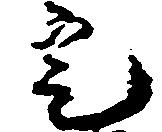
定